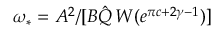
\omega _ { * } = A ^ { 2 } / [ B \hat { Q } \, W ( e ^ { \pi c + 2 \gamma - 1 } ) ]